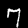
Digit: 7